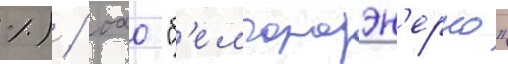
%) / оао "б'елгородэн'ерго"